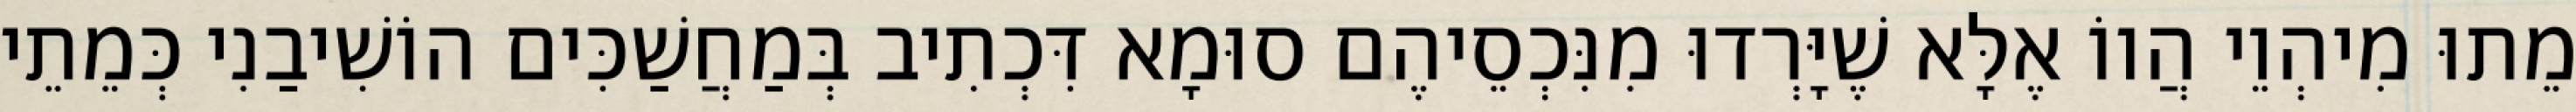
מֵתוּ מִיהְוֵי הֲווֹ אֶלָּא שֶׁיָּרְדוּ מִנִּכְסֵיהֶם סוּמָא דִּכְתִיב בְּמַחֲשַׁכִּים הוֹשִׁיבַנִי כְּמֵתֵי